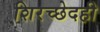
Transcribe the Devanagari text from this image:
शिरच्छेदही